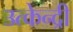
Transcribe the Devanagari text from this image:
उत्केन्द्री